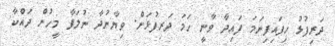
ދަރިފުޅު ހިފައިފިނަމަ ފައިދާ ވާނީ ހަމަ ދަރިފުޅަށް. ވިޔާނުދާ ނުލަފާ މީހުން ދައްކާ